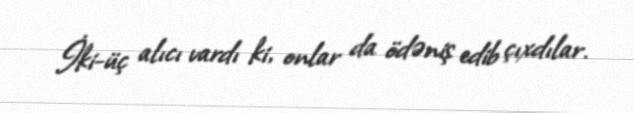
İki-üç alıcı vardı ki, onlar da ödəniş edib çıxdılar.